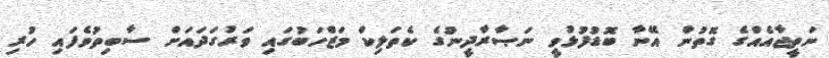
ނަތީޖާއެއްގެ ގޮތުން އޭނާ ބޮޑުފުޅުވީ ނަޞާރާދީނުގެ ކެތަލިކް މަޒްހަބުގައި ވަރުގަދައަށް ސާބިތުވެފައި ހުރި